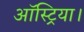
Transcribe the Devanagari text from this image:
ऑस्ट्रिया।